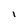
Character: l